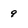
Character: 9